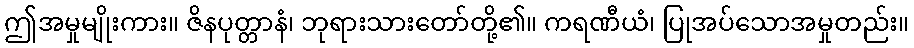
ဤအမှုမျိုးကား။ ဇိနပုတ္တာနံ၊ ဘုရားသားတော်တို့၏။ ကရဏီယံ၊ ပြုအပ်သောအမှုတည်း။